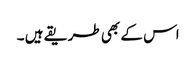
اس کے بھی طریقے ہیں ۔